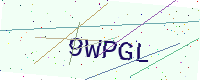
Text: 9WPGL